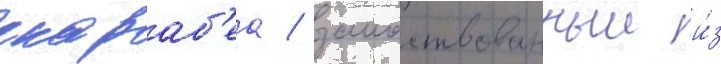
скараб'еа / заимствованныи и́з